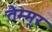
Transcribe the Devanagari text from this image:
तैम्मूर